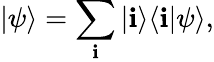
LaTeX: |\psi\rangle=\sum_{\mathbf{i}}|\mathbf{i}\rangle\langle\mathbf{i}|\psi\rangle,